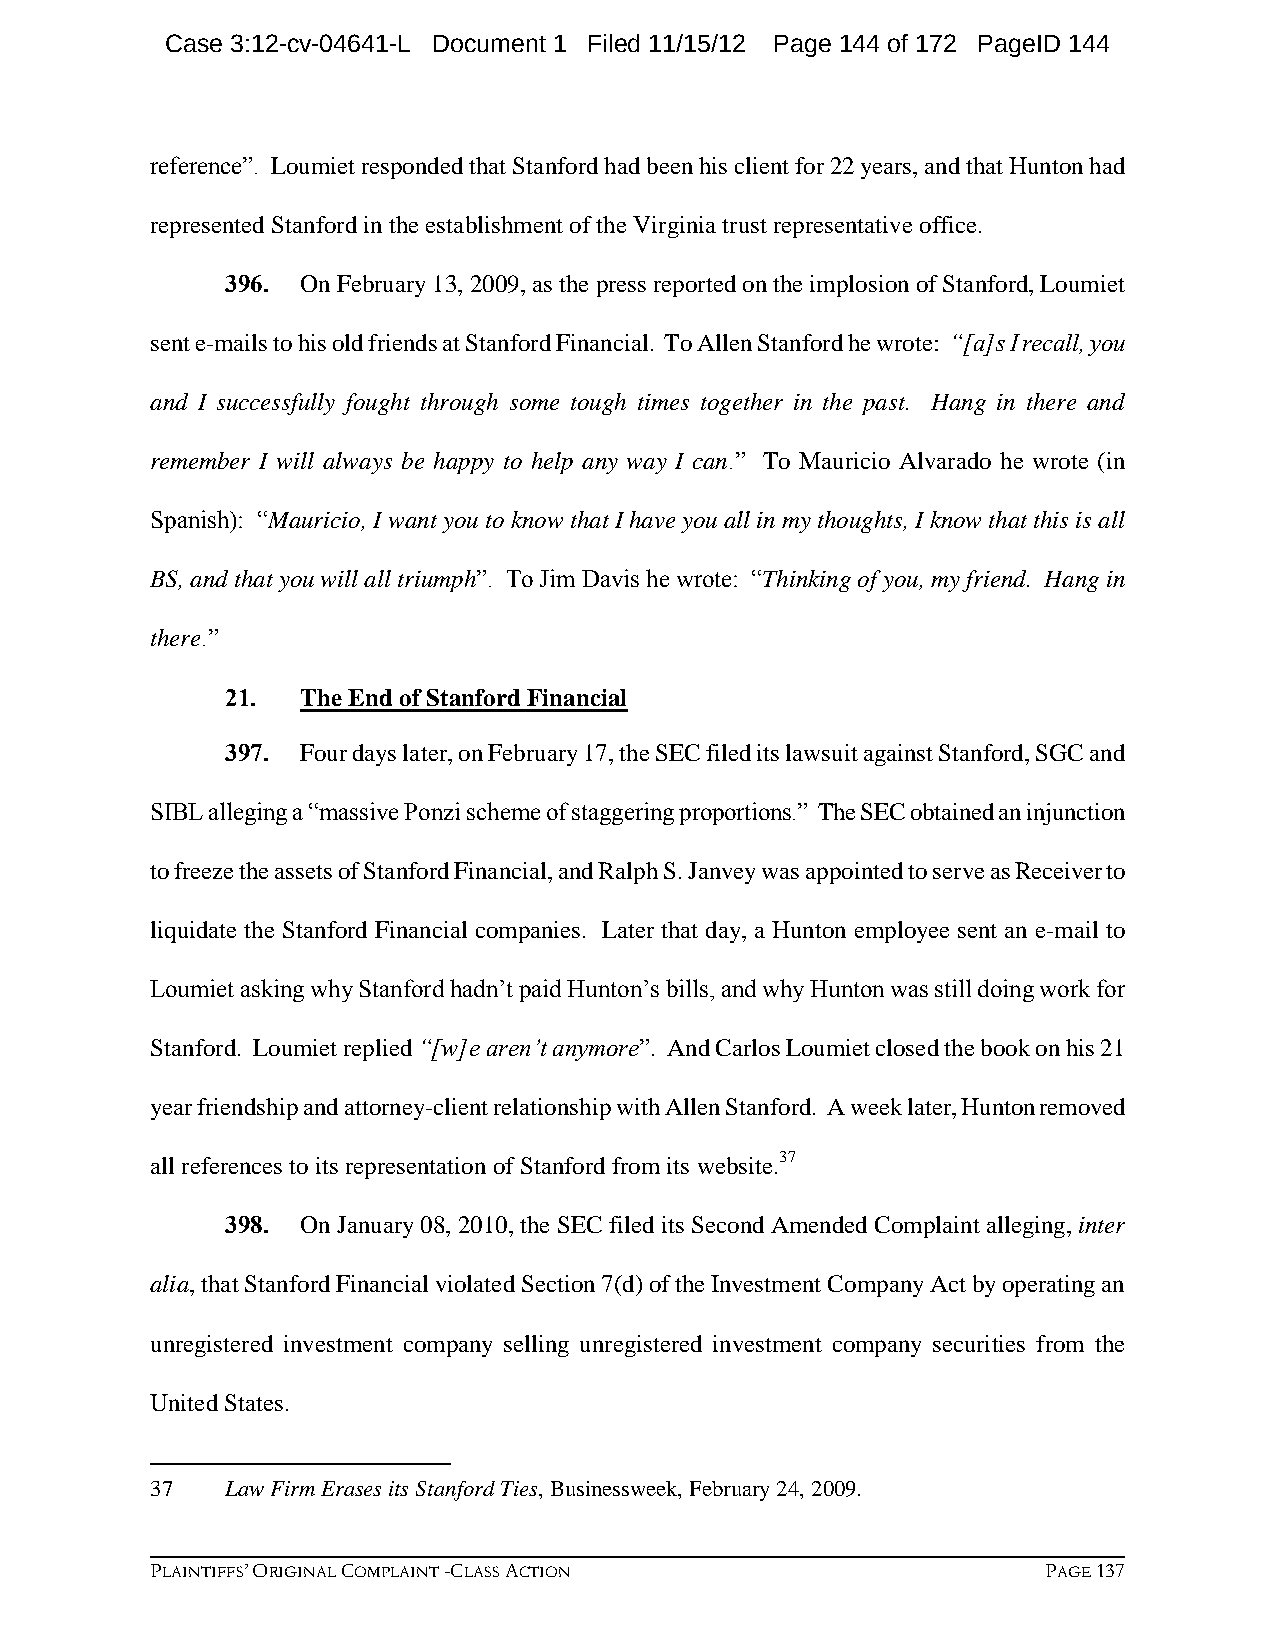
Case 3:12-cv-04641-L Document 1 Filed 11/15/12 Page 144 of 172 PageID 144
 reference”. Loumiet responded that Stanford had been his client for 22 years, and that Hunton had
 represented Stanford in the establishment of the Virginia trust representative office.
 396. On February 13, 2009, as the press reported on the implosion of Stanford, Loumiet
 sent e-mails to his old friends at Stanford Financial. To Allen Stanford he wrote: “[a]s I recall, you
 and I successfully fought through some tough times together in the past. Hang in there and
 remember I will always be happy to help any way I can.” To Mauricio Alvarado he wrote (in
 Spanish): “Mauricio, I want you to know that I have you all in my thoughts, I know that this is all
 BS, and that you will all triumph”. To Jim Davis he wrote: “Thinking of you, my friend. Hang in
 there.”
 21.  The End of Stanford Financial
 397. Four days later, on February 17, the SEC filed its lawsuit against Stanford, SGC and
 SIBL alleging a “massive Ponzi scheme of staggering proportions.” The SEC obtained an injunction
 to freeze the assets of Stanford Financial, and Ralph S. Janvey was appointed to serve as Receiver to
 liquidate the Stanford Financial companies. Later that day, a Hunton employee sent an e-mail to
 Loumiet asking why Stanford hadn’t paid Hunton’s bills, and why Hunton was still doing work for
 Stanford. Loumiet replied “[w]e aren’t anymore”. And Carlos Loumiet closed the book on his 21
 year friendship and attorney-client relationship with Allen Stanford. A week later, Hunton removed
 all references to its representation of Stanford from its website.37
 398. On January 08, 2010, the SEC filed its Second Amended Complaint alleging, inter
 alia, that Stanford Financial violated Section 7(d) of the Investment Company Act by operating an
 unregistered investment company selling unregistered investment company securities from the
 United States.
 37   Law Firm Erases its Stanford Ties, Businessweek, February 24, 2009.
 PLAINTIFFS’ ORIGINAL COMPLAINT -CLASS ACTION               PAGE 137